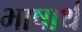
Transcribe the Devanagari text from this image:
भाषार्थ